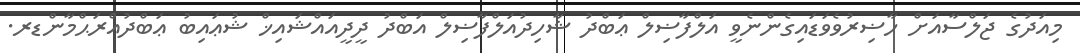
މިއަދުގެ ޖަލްސާއަށް ހާޟިރުވެވަޑައިގެންނެވީ އަލްފާޟިލް ޢަބްދު ޝާހިދުއަލްފާޟިލް އަބްދު ދީދީއައްޝައިޚް ޝުޢައިބު ޢަބްދުއްރަޙްމާންޑރ.